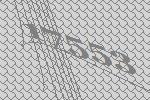
17553